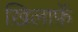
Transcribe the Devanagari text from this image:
ख़िलाफ़ॅ